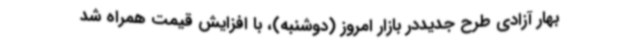
بهار آزادی طرح جدیددر بازار امروز (دوشنبه)، با افزایش قیمت همراه شد